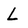
Character: L